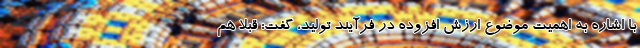
با اشاره به اهمیت موضوع ارزش افزوده در فرآیند تولید، گفت: قبلا هم